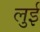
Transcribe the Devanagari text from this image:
लुुई